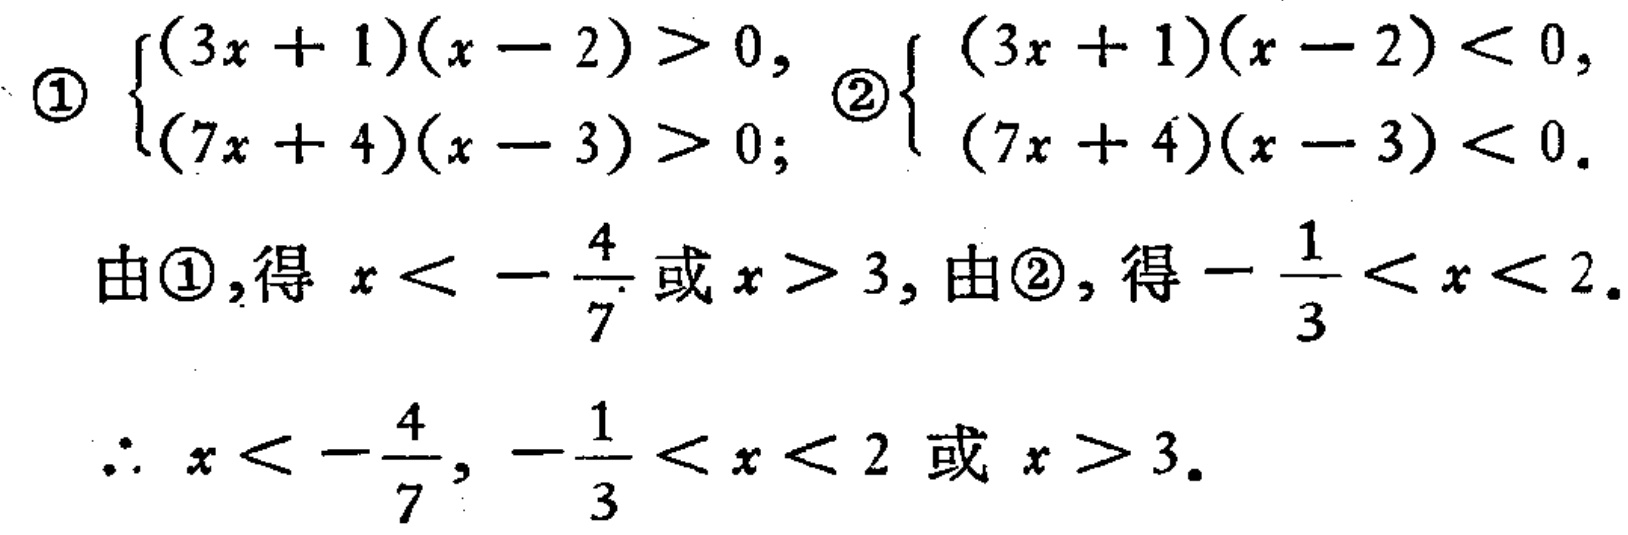
\textcircled{1}$\begin{cases}(3x + 1)(x - 2)>0,\\(7x + 4)(x - 3)>0;\end{cases}$ \textcircled{2}$\begin{cases}(3x + 1)(x - 2)<0,\\(7x + 4)(x - 3)<0.\end{cases}$
由\textcircled{1}，得 \(x<-\frac{4}{7}\) 或 \(x>3\)，由\textcircled{2}，得 \(-\frac{1}{3}<x<2\)。
\(\therefore x<-\frac{4}{7}\)，\(-\frac{1}{3}<x<2\) 或 \(x>3\)。